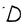
Character: D